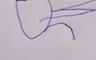
Signature authenticity: forged